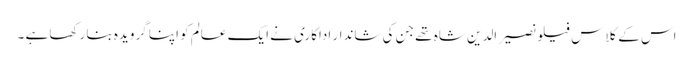
اس کے کلاس فیلو نصیر الدین شاہ تھے جن کی شاندار اداکاری نے ایک عالم کو اپنا گرویدہ بنا رکھا ہے ۔